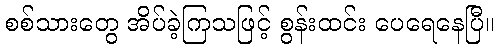
စစ်သားတွေ အိပ်ခဲ့ကြသဖြင့် စွန်းထင်း ပေရေနေပြီ။